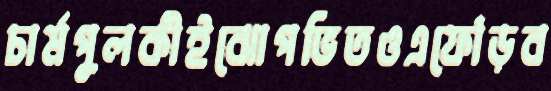
চার্মপুলকীইঝোপভিতওএফোঁড়ব